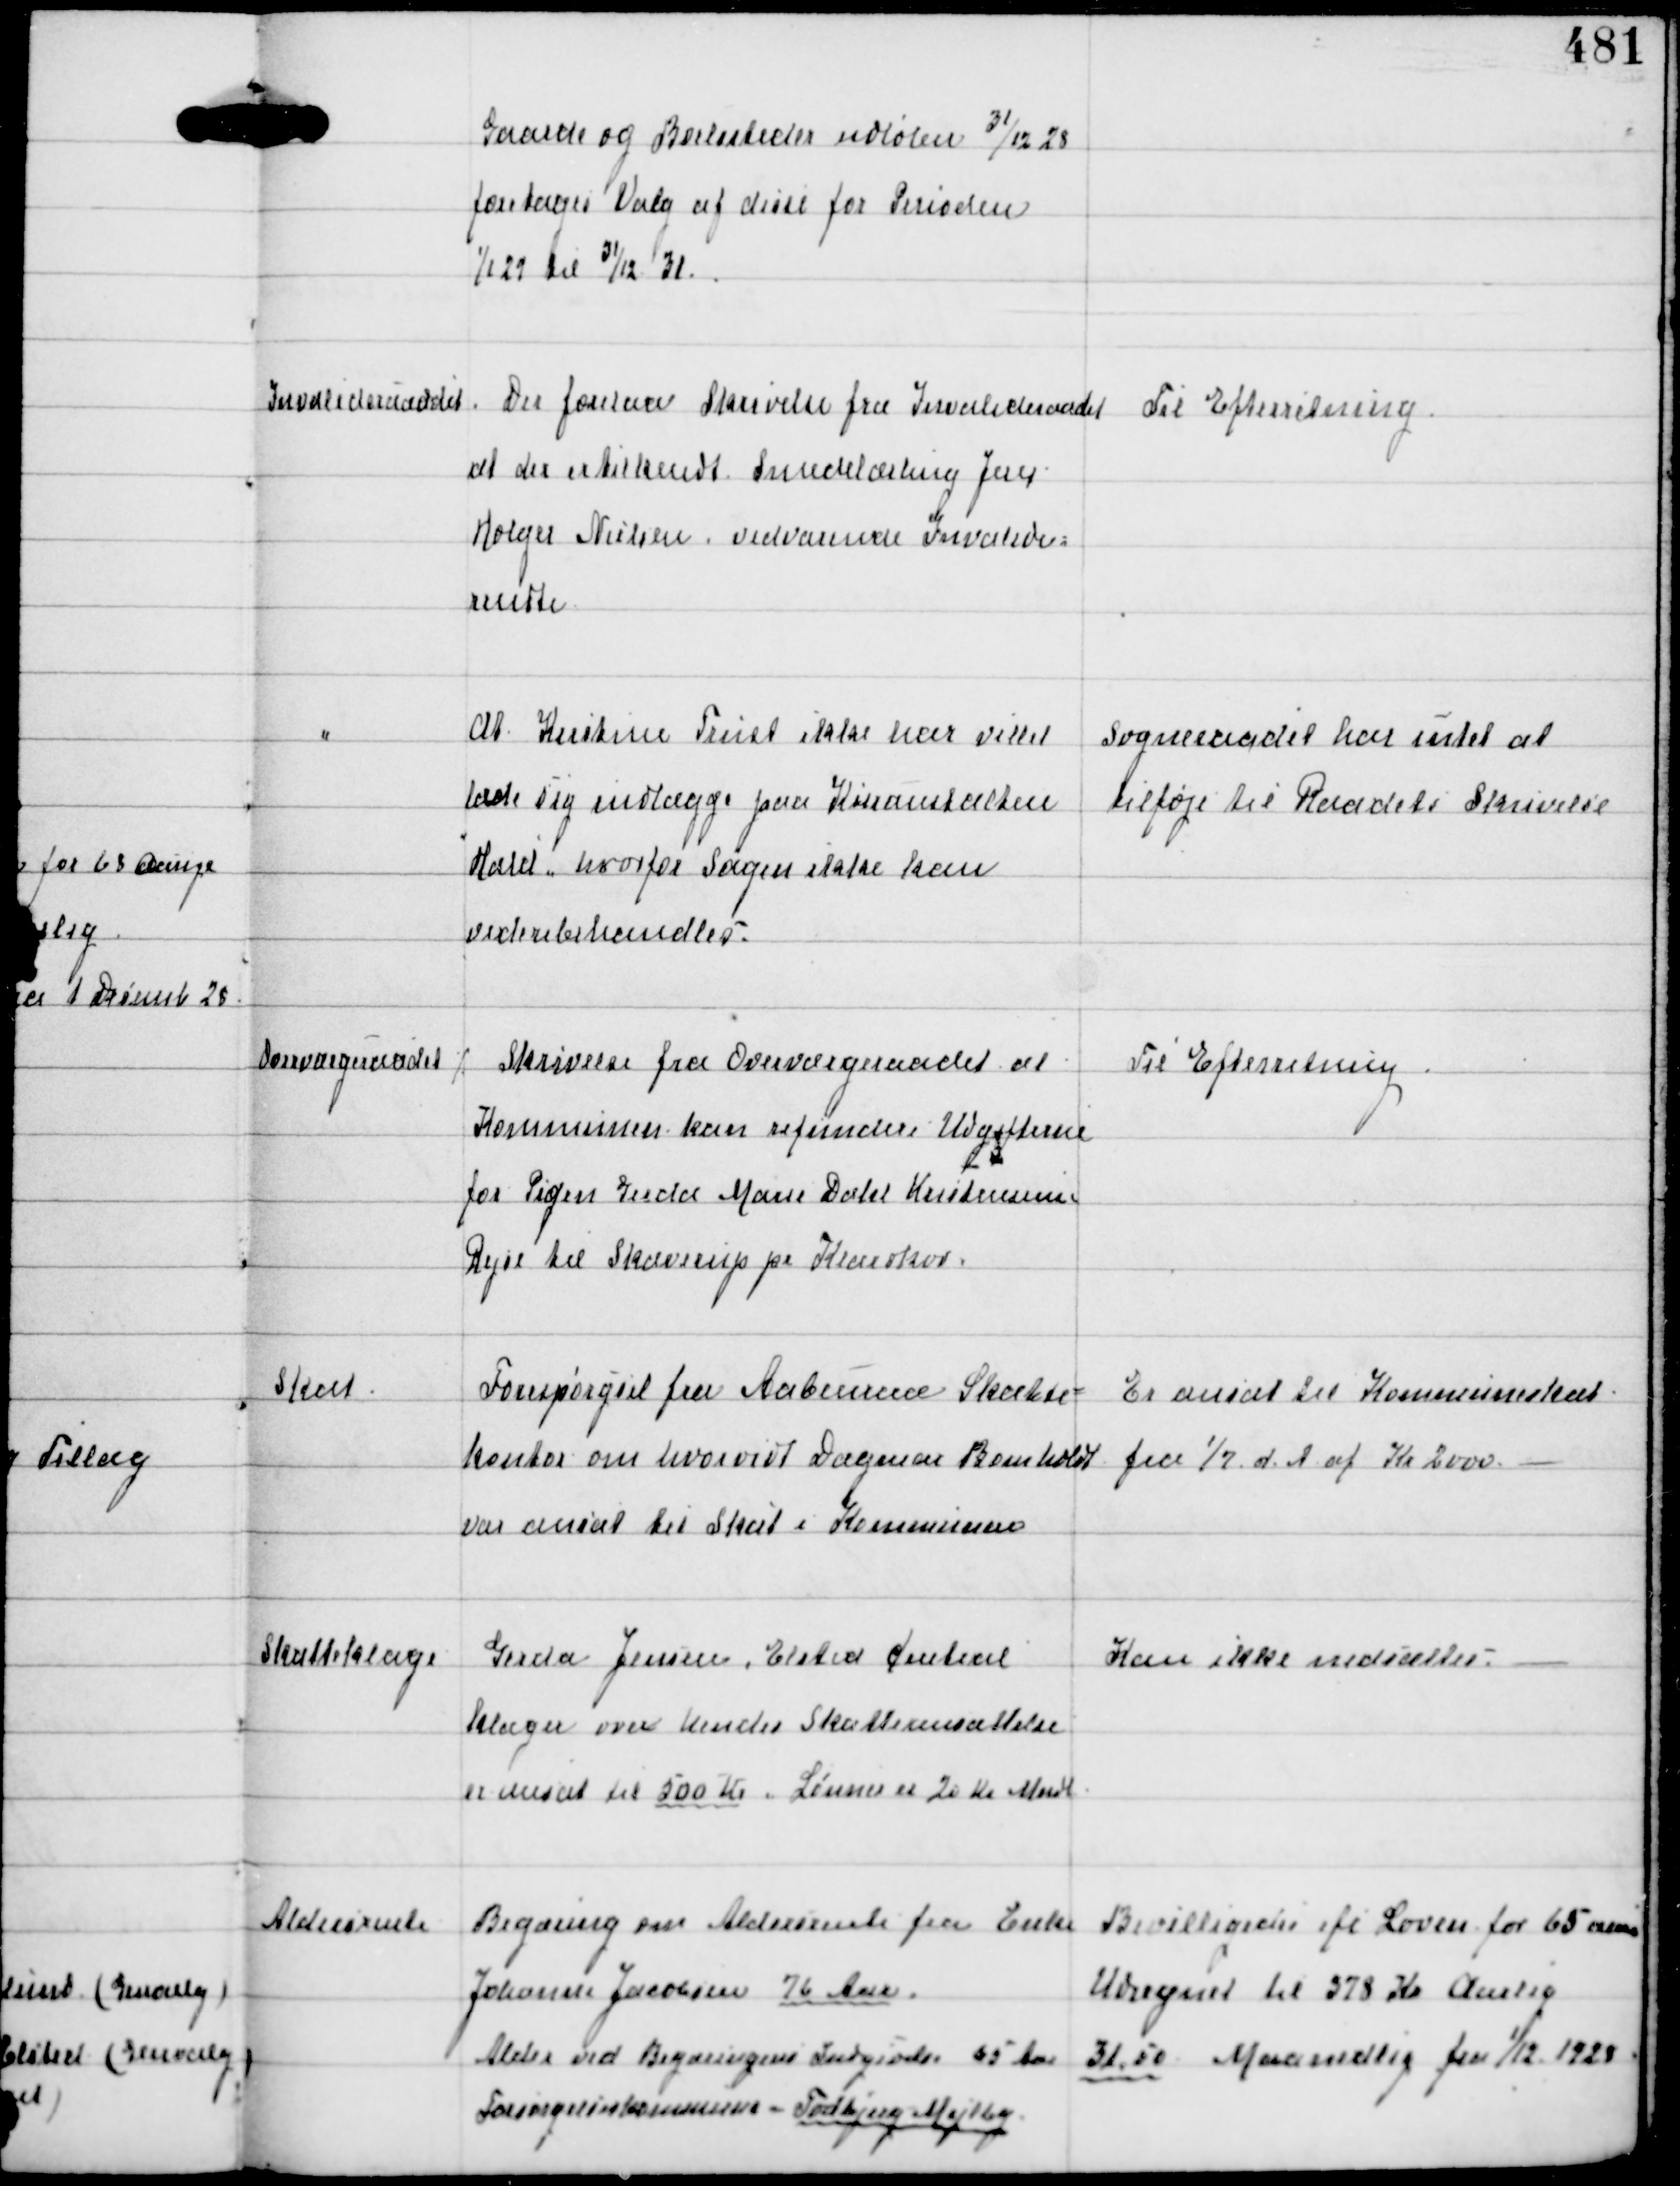
Transskription:
Gaarde og Boelssteder udløber 31/12 28
foretages Valg af disse for Perioden
1/1 29 til 31/12 31.

Invalideraadet

Der forelaa Skrivelse fra Invalideraadet
at der er tilkendt Smedelærling Jens
Holger Nielsen vedvarende Invalide-
rendte

Til Efterretning.

"

At Kristine Trust ikke har villet
lade sig indlægge paa Kriseanstalten
"Hald", hvorfor Sagen ikke kan
viderebehandles.

Sogneraadet har intet at
tilføje til Raadets Skrivelse

Overværgeraadet

⁒ Skrivelse fra Overværgeraadet at
Kommunen kan refundere Udgifterne
for Pigen Gerda Marie Dahl Kristensens
Rejse til Skaverup pr Klarskov.

Til Efterretning

Skat

Forespørgsel fra Aabenraa Skatte-
kontor om hvorvidt Dagmar Bomholdt
var ansat til Skat i Kommunen

Er anvist til Kommuneskat
fra 1/7 d.A af Kr 2000

Skatteklage

Gerda Jensen, Elsted Central
klager over hendes Skatteansættelse
er ansat til 500 Kr. Lønnen er 20 Kr Mndl

Kan ikke nedsættes.

Aldersrente

Begæring om Aldersrente fra Enke
Johanne Jacobsen 76 Aar
Alder ved Begæringens Indgivelse 65 Aar
Forsørgelseskommune - Todbjerg-Mejlby

Bevilligedes ifl Loven for 65 aarige
Udregnet til 378 Kr Aarlig
31,50 Maanedlig fra 1/12 1928